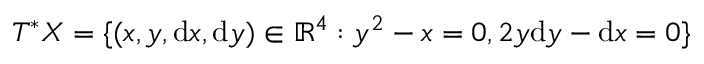
T ^ { * } X = \{ ( x , y , \mathrm { d } x , \mathrm { d } y ) \in \mathbb { R } ^ { 4 } : y ^ { 2 } - x = 0 , 2 y \mathrm { d } y - \mathrm { d } x = 0 \}